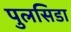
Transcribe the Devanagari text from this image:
पुलसिडा